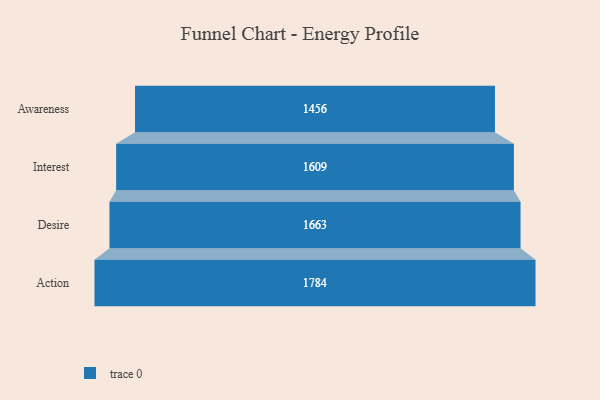
{"axis": {"x": "Stage", "y": "Value"}, "legend": [""], "data": [{"x": "Awareness", "y": 1456.0, "type": ""}, {"x": "Interest", "y": 1609.0, "type": ""}, {"x": "Desire", "y": 1663.0, "type": ""}, {"x": "Action", "y": 1784.0, "type": ""}]}